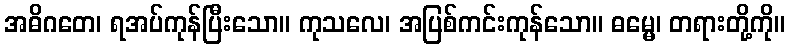
အဓိဂတေ၊ ရအပ်ကုန်ပြီးသော။ ကုသလေ၊ အပြစ်ကင်းကုန်သော။ ဓမ္မေ၊ တရားတို့ကို။